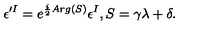
\epsilon ^ { \prime I } = e ^ { \frac { i } { 2 } A r g ( S ) } \epsilon ^ { I } , S = \gamma \lambda + \delta .